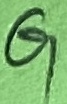
Text: G